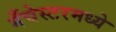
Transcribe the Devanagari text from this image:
मँचेस्टरमध्ये